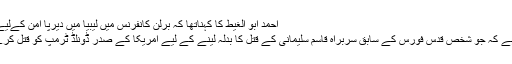
احمد ابو الغیط کا کہناتھا کہ برلن کانفرنس میں لیبیا میں دیرپا امن کےلیے غیر ملکی مداخلت روکنے کی بات کی
ایران کے ایک قانون ساز نے اعلان کیا ہے کہ جو شخص قدس فورس کے سابق سربراہ قاسم سلیمانی کے قتل کا بدلہ لینے کے لیے امریکا کے صدر ڈونلڈ ٹرمپ کو قتل کرے گا اسے 30 لاکھ ڈالر کا انعام ملے گا۔